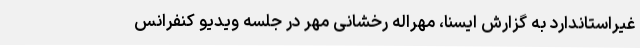
غیراستاندارد به گزارش ایسنا، مهراله رخشانی مهر در جلسه ویدیو کنفرانس